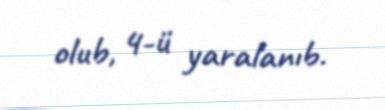
olub, 4-ü yaralanıb.